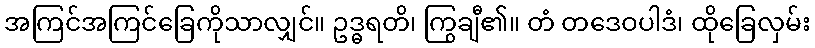
အကြင်အကြင်ခြေကိုသာလျှင်။ ဥဒ္ဓရတိ၊ ကြွချီ၏။ တံ တဒေဝပါဒံ၊ ထိုခြေလှမ်း